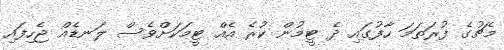
މެޗުގެ ފުރަތަމަ ހާފުގައި ދެ ޓީމުން ކުރެ އެއް ޓީމަކަށްވެސް ލަނޑެއް ޖެހިފައި